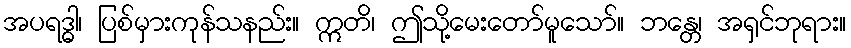
အပရဒ္ဓါ၊ ပြစ်မှားကုန်သနည်း။ ဣတိ၊ ဤသို့မေးတော်မူသော်။ ဘန္တေ၊ အရှင်ဘုရား။